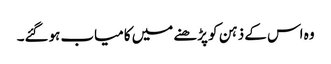
وہ اس کے ذہن کو پڑھنے میں کامیاب ہوگئے۔